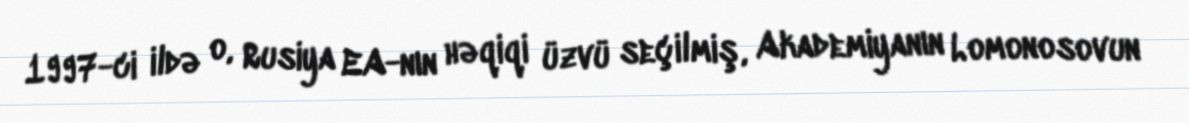
1997-ci ildə o, Rusiya EA-nın həqiqi üzvü seçilmiş, Akademiyanın Lomonosovun